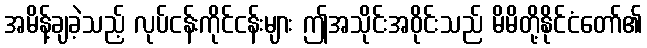
အမိန့်ချခဲ့သည့် လုပ်ငန်းကိုင်ငန်းများ ဤအသိုင်းအဝိုင်းသည် မိမိတို့နိုင်ငံတော်၏